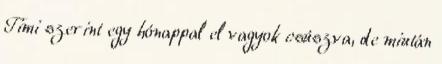
Timi szerint egy hónappal el vagyok csúszva, de miután